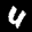
Label: 4